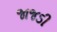
જાજડી